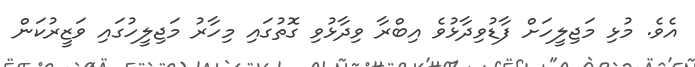
އެވެ. މުޅި މަޖިލީހަށް ފާޑުވިދާޅުވެ އިބްރާ ވިދާޅުވި ގޮތުގައި މިހާރު މަޖިލީހުގައި ވަޒީރުކަން